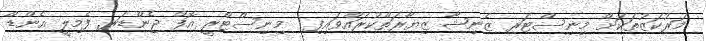
މަރުކަޒުތަކަށް މިނިސްޓަރ ޒެނިޝާ ޒިޔާރަތްކުރައްވައިފި  މިނިސްޓްރީ އޮފް ޖެންޑަރ